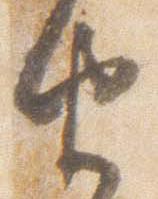
由